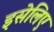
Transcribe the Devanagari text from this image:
इसेलिए